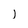
Character: I